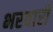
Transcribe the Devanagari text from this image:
भरवारी